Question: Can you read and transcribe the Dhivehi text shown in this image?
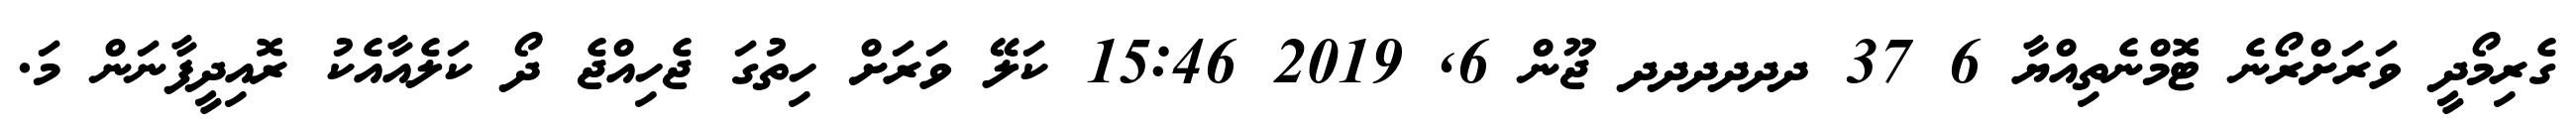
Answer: ގެރިމޯދީ ވަރަށްރޯނެ ޓޮމްނެތިއްޔާ 6 37 ދދދދދދ ޖޫން 6, 2019 15:46 ކަލޭ ވަރަށް ހިތުގަ ޖެހިއްޖެ ދޯ ކަލެއާއެކު ރޮއިދީފާނަން މަ.